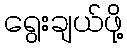
ရွေးချယ်ဖို့